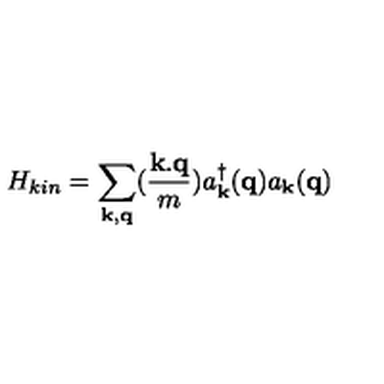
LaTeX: H _ { k i n } = \sum _ { { \bf { k } } , { \bf { q } } } ( \frac { { \bf { k . q } } } { m } ) a _ { { \bf { k } } } ^ { \dagger } ( { \bf { q } } ) a _ { { \bf { k } } } ( { \bf { q } } )